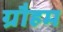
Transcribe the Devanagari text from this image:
ग्रौहम